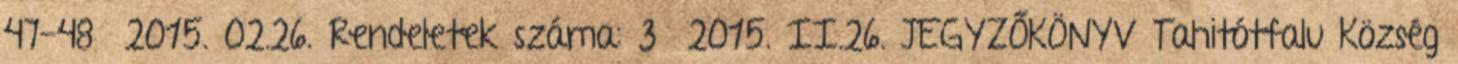
47-48 2015. 02.26. Rendeletek száma: 3 2015. II.26. JEGYZŐKÖNYV Tahitótfalu Község